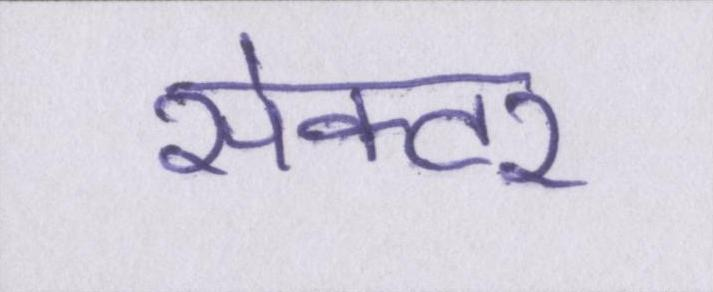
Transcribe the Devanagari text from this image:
सेक्टर